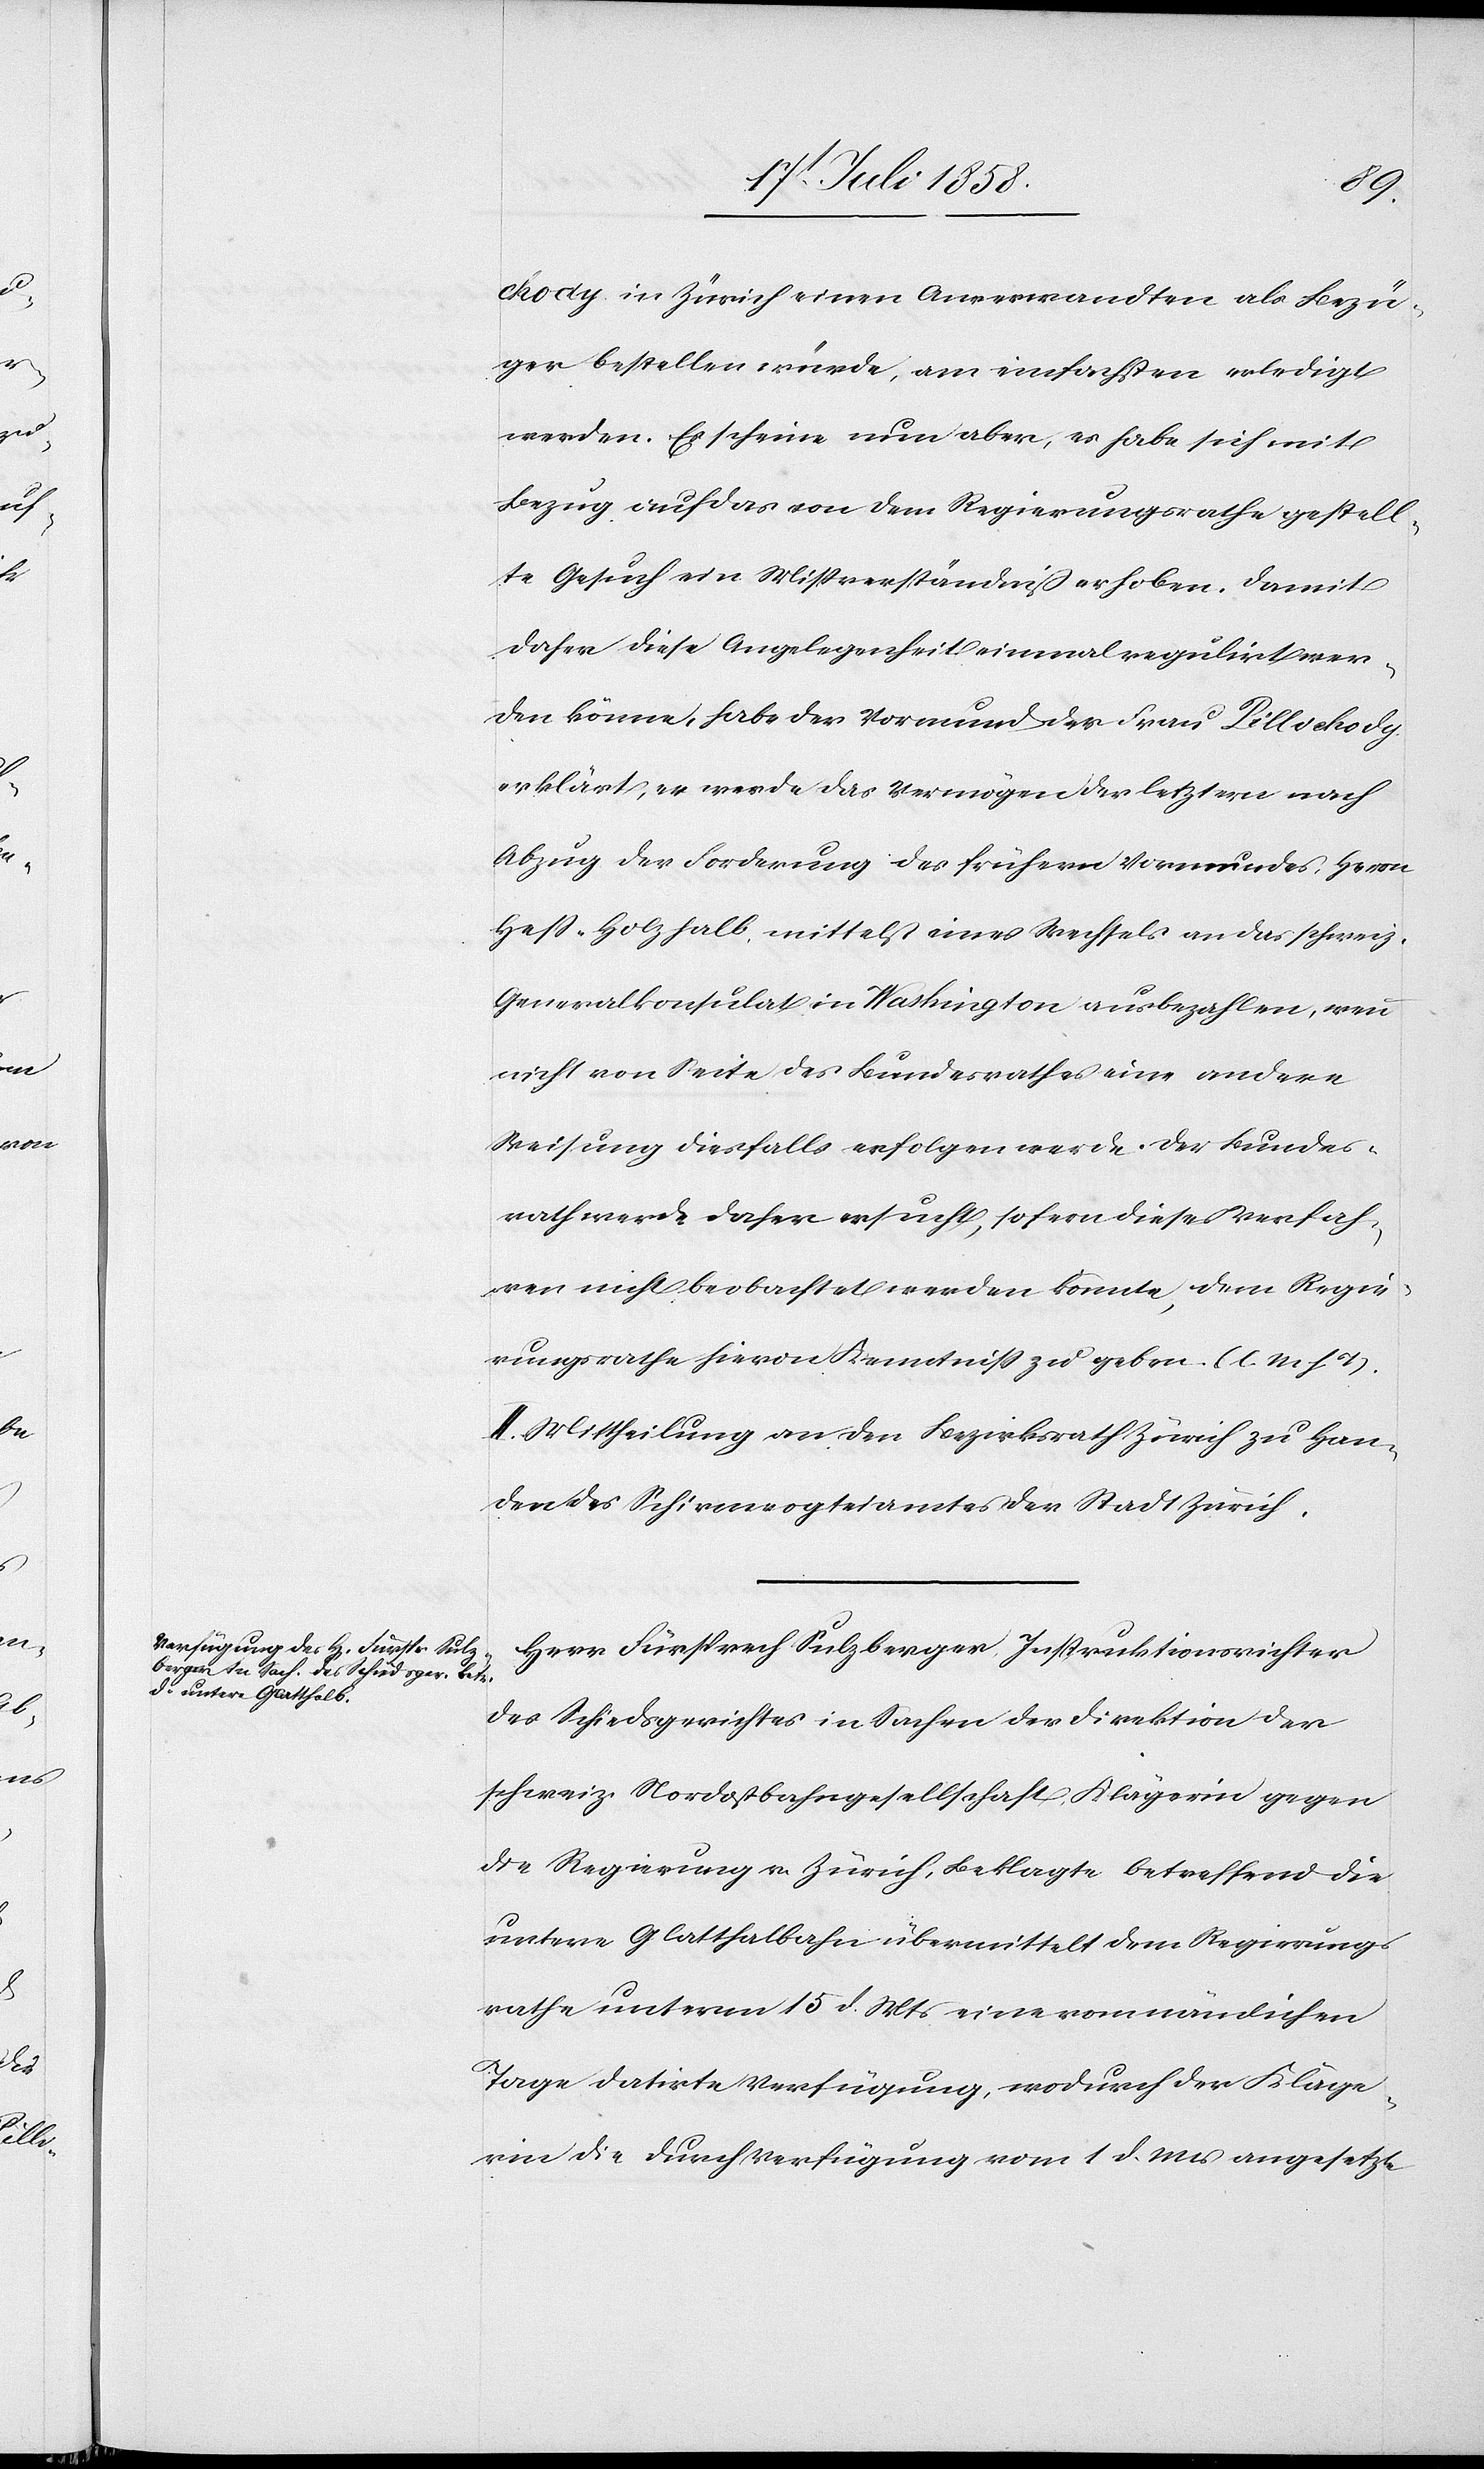
chody in Zürich einen Anverwandten als Bezü¬
ger bestellen würde, am einfachsten erledigt
werden. Es scheine nun aber, es habe sich mit
Bezug auf das von dem Regierungsrathe gestell¬
te Gesuch ein Mißverständniß erhoben. Damit
daher diese Angelegenheit einmal regulirt wer¬
den könne, habe der Vormund der Frau Pillichody
erklärt, er werde das Vermögen der letztern nach
Abzug der Forderung des frühern Vormundes, Herrn
Hess-Holzhalb, mittelst eines Wechsels an das schweiz.
Generalkonsulat in Washington ausbezahlen, wenn
nicht von Seite des Bundesrathes eine andere
Weisung diesfalls erfolgen werde. Der Bundes¬
rath werde daher ersucht, sofern dieses Verfah¬
ren nicht beobachtet werden könnte, dem Regie¬
rungsrathe hievon Kenntniss zu geben. (l. M. h. T).
II. Mittheilung an den Bezirksrath Zürich zu Han¬
den des Schirmvogteiamtes der Stadt Zürich.
Herr Fürsprech Sulzberger, Instruktionsrichter
des Schiedsgerichtes in Sachen der Direktion der
schweiz. Nordostbahngesellschaft, Klägerin gegen
die Regierung v. Zürich, Beklagte betreffend die
untere Glatthalbahn übermittelt dem Regierungs¬
rathe unterm 15 d. Mts eine vom nämlichen
Tage datirte Verfügung, wodurch der Kläge¬
rin die durch Verfügung vom 1 d. Mts angesetzte